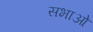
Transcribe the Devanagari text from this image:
सभाओ